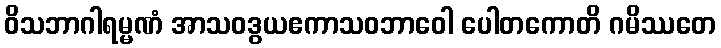
ဝိသဘာဂါရမ္မဏံ အာသဝဒွယဧကာသဝဘာဝေါ ပေါတကောတိ ဂမိဿတေ